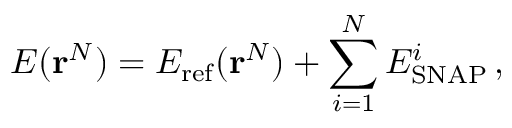
E ( \mathbf { r } ^ { N } ) = E _ { \mathrm { r e f } } ( \mathbf { r } ^ { N } ) + \sum _ { i = 1 } ^ { N } E _ { \mathrm { S N A P } } ^ { i } \, ,